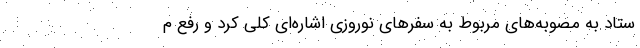
ستاد به مصوبه‌های مربوط به سفرهای نوروزی اشاره‌ای کلی کرد و رفع م